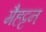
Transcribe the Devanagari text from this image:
मैहट्टन